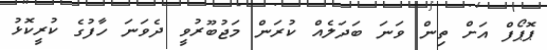
ޕޮޕޯފް އަށް ތިން ވަނަ ބަދަލެއް ކުރަން މަޖުބޫރުވީ ދެވަނަ ހާފުގެ ކުރީކޮޅު